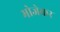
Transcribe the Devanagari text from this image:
भोजेकर